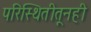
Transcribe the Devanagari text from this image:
परिस्थितीतूनही